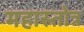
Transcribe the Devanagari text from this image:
महास्तोत्र